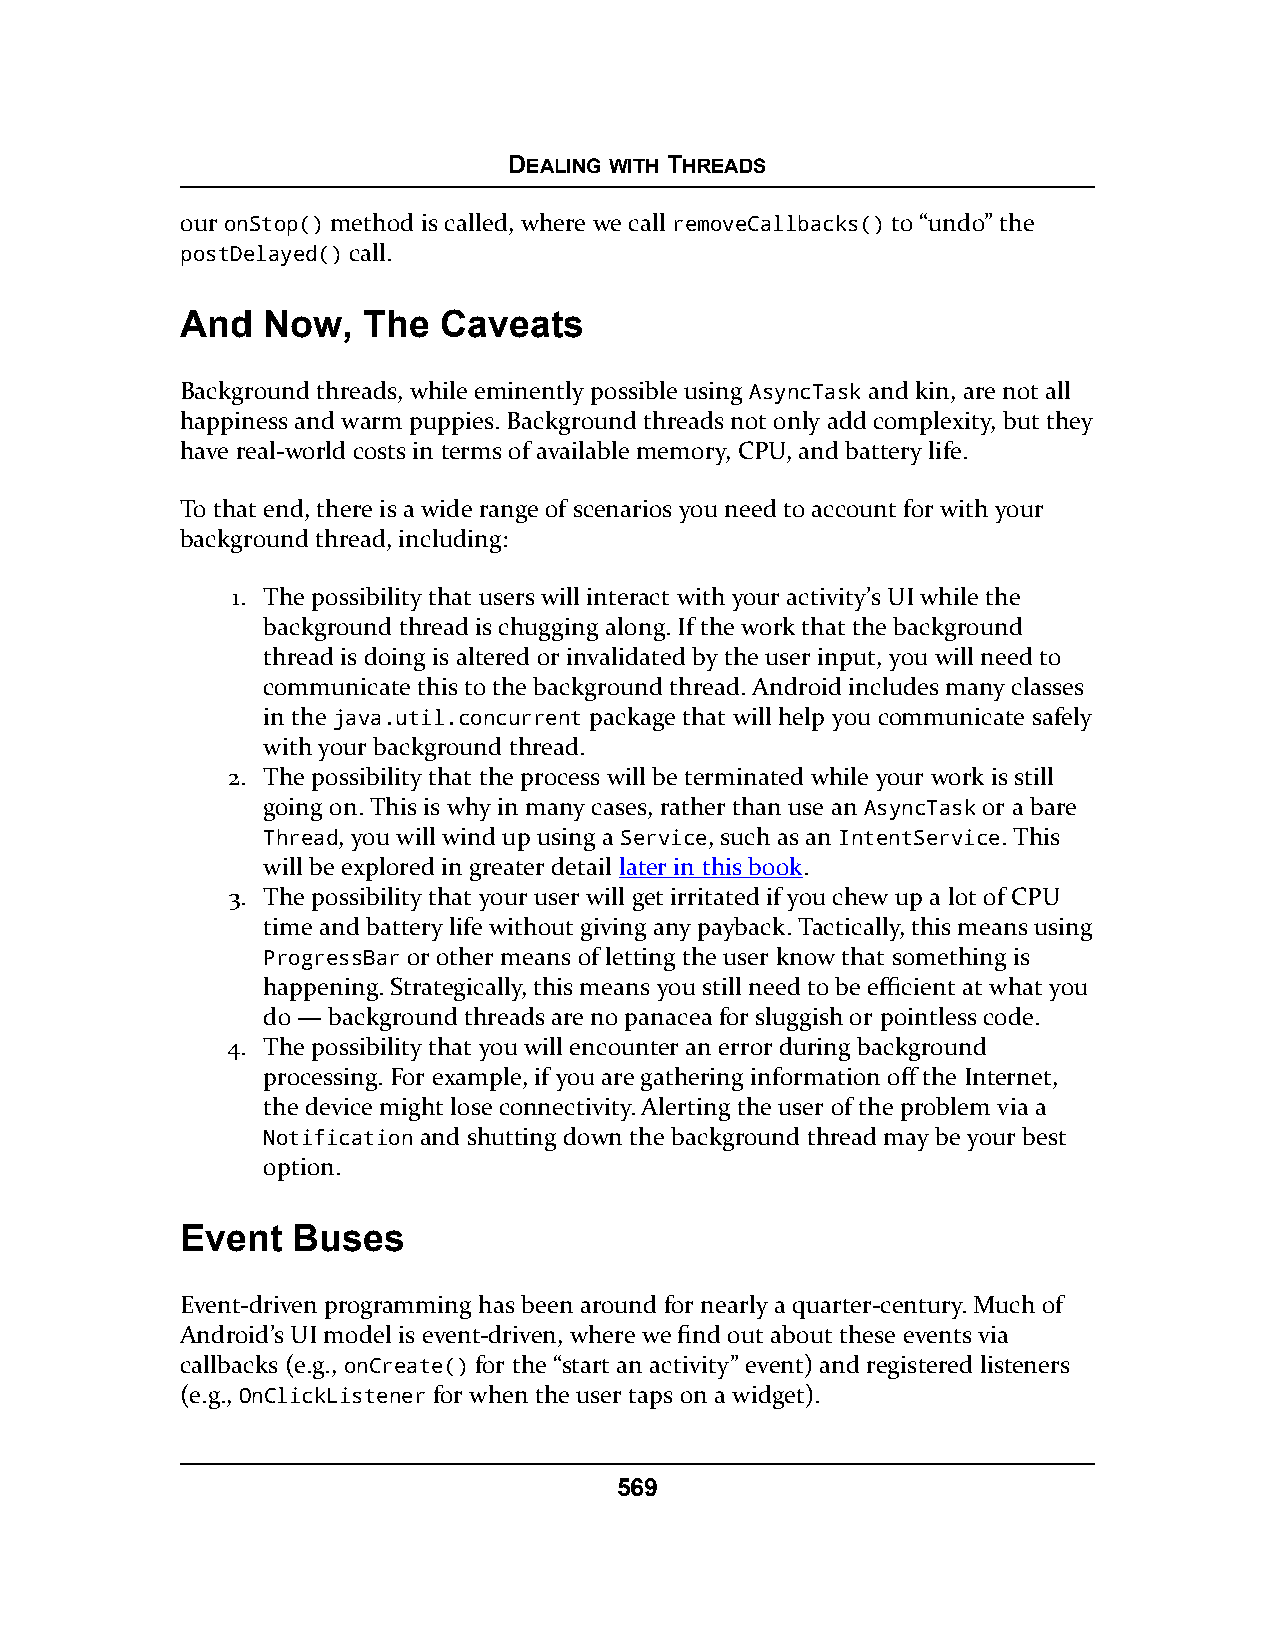
DEALING WITH THREADS
 our onStop() method is called, where we call removeCallbacks() to “undo” the
 postDelayed() call.
 And  Now,   The  Caveats
 Background threads, while eminently possible using AsyncTask and kin, are not all
 happiness and warm puppies. Background threads not only add complexity, but they
 have real-world costs in terms of available memory, CPU, and battery life.
 To that end, there is a wide range of scenarios you need to account for with your
 background thread, including:
 1. The possibility that users will interact with your activity’s UI while the
 background thread is chugging along. If the work that the background
 thread is doing is altered or invalidated by the user input, you will need to
 communicate this to the background thread. Android includes many classes
 in the java.util.concurrent package that will help you communicate safely
 with your background thread.
 2. The possibility that the process will be terminated while your work is still
 going on. This is why in many cases, rather than use an AsyncTask or a bare
 Thread, you will wind up using a Service, such as an IntentService. This
 will be explored in greater detail later in this book.
 3. The possibility that your user will get irritated if you chew up a lot of CPU
 time and battery life without giving any payback. Tactically, this means using
 ProgressBar or other means of letting the user know that something is
 happening. Strategically, this means you still need to be efficient at what you
 do — background threads are no panacea for sluggish or pointless code.
 4. The possibility that you will encounter an error during background
 processing. For example, if you are gathering information off the Internet,
 the device might lose connectivity. Alerting the user of the problem via a
 Notification and shutting down the background thread may be your best
 option.
 Event  Buses
 Event-driven programming has been around for nearly a quarter-century. Much of
 Android’s UI model is event-driven, where we find out about these events via
 callbacks (e.g., onCreate() for the “start an activity” event) and registered listeners
 (e.g., OnClickListener for when the user taps on a widget).
 569